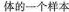
体的一个样本